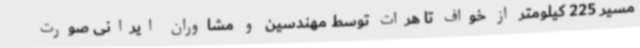
مسیر 225 کیلومتر از خواف تا هرات توسط مهندسین و مشاوران ایرانی صورت